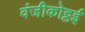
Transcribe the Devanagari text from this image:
वंजीकोट्टई